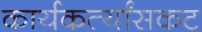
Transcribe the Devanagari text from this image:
कार्यकर्त्यांसकट